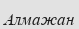
Алмажан